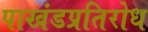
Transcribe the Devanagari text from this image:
पाखंडप्रतिरोध